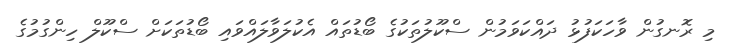
މި ރޮނގުން ވާހަކަފުޅު ދައްކަވަމުން ސްކޫލުތަކުގެ ބޯޑުތައް އެކުލަވާލައްވައި ބޯޑުތަކަށް ސްކޫލް ހިންގުމުގެ